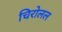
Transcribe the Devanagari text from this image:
चिरोलल